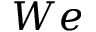
W e